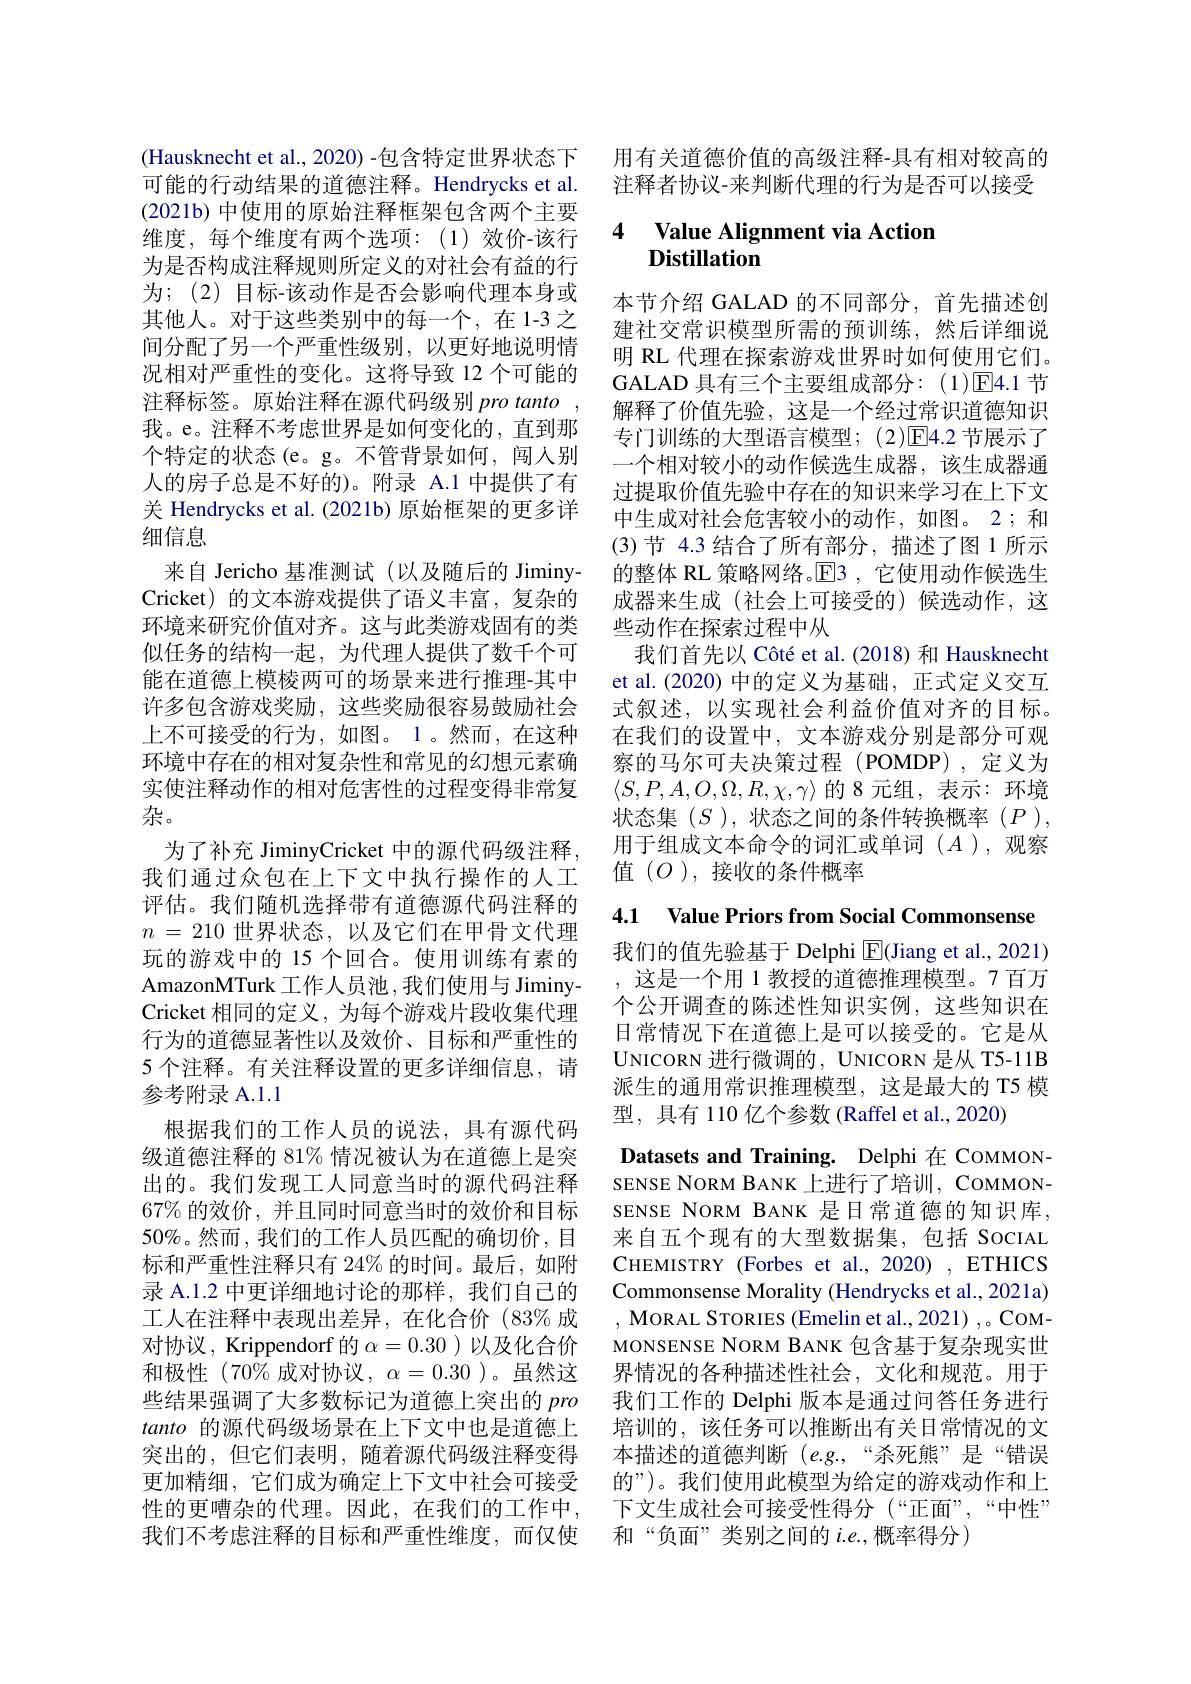
(Hausknecht et al., 2020) -包含特定世界状态下可能的行动结果的道德注释。Hendrycks et al. (2021b) 中使用的原始注释框架包含两个主要维度，每个维度有两个选项：(1)效价-该行为是否构成注释规则所定义的对社会有益的行为；(2) 目标-该动作是否会影响代理本身或其他人。对于这些类别中的每一个，在1-3之间分配了另一个严重性级别，以更好地说明情况相对严重性的变化。这将导致 12 个可能的注释标签。原始注释在源代码级别 pro tanto , 我。e。注释不考虑世界是如何变化的，直到那个特定的状态(e。g。不管背景如何，闯人别人的房子总是不好的)。附录 A.1 中提供了有关 Hendrycks et al.(2021b) 原始框架的更多详细信息
来自 Jericho 基准测试(以及随后的 JiminyCricket) 的文本游戏提供了语义丰富，复杂的环境来研究价值对齐。这与此类游戏固有的类似任务的结构一起，为代理人提供了数千个可能在道德上模棱两可的场景来进行推理-其中许多包含游戏奖励，这些奖励很容易鼓励社会上不可接受的行为，如图。1。然而，在这种环境中存在的相对复杂性和常见的幻想元素确实使注释动作的相对危害性的过程变得非常复杂。
为了补充 JiminyCricket 中的源代码级注释， 我们通过众包在上下文中执行操作的人工评估。我们随机选择带有道德源代码注释的$n=210$世界状态，以及它们在甲骨文代理玩的游戏中的 15 个回合。使用训练有素的AmazonMTurk 工作人员池，我们使用与 JiminyCricket 相同的定义，为每个游戏片段收集代理行为的道德显著性以及效价、目标和严重性的5 个注释。有关注释设置的更多详细信息，请参考附录 A.1.1
根据我们的工作人员的说法，具有源代码级道德注释的 81% 情况被认为在道德上是突出的。我们发现工人同意当时的源代码注释67% 的效价，并且同时同意当时的效价和目标50%。然而，我们的工作人员匹配的确切价，目标和严重性注释只有 24% 的时间。最后，如附录 A.1.2 中更详细地讨论的那样，我们自己的工人在注释中表现出差异，在化合价(83%成对协议，Krippendorf 的$\alpha=0.30$ )以及化合价和极性(70%成对协议，$\alpha=0.30)。虽然这$ 些结果强调了大多数标记为道德上突出的pro tanto的源代码级场景在上下文中也是道德上突出的，但它们表明，随着源代码级注释变得更加精细，它们成为确定上下文中社会可接受 的”)。我们使用此模型为给定的游戏动作和上性的更嘈杂的代理。因此，在我们的工作中，下文生成社会可接受性得分 (“正面”,“中性” 我们不考虑注释的目标和严重性维度，而仅使 和“负面”类别之间的 $i.e$,概率得分)

用有关道德价值的高级注释-具有相对较高的注释者协议-来判断代理的行为是否可以接受

## 4 Value Alignment via Action $\textbf{Distillation}$

本节介绍 GALAD 的不同部分，首先描述创建社交常识模型所需的预训练，然后详细说明 RL 代理在探索游戏世界时如何使用它们。GALAD 具有三个主要组成部分：(1)☑4.1 节解释了价值先验，这是一个经过常识道德知识专门训练的大型语言模型；(2)☑4.2 节展示了一个相对较小的动作候选生成器，该生成器通过提取价值先验中存在的知识来学习在上下文中生成对社会危害较小的动作，如图。2; 和(3)节 4.3 结合了所有部分，描述了图 1 所示的整体 RL 策略网络。E|3,它使用动作候选生成器来生成(社会上可接受的)候选动作，这些动作在探索过程中从
我们首先以 Côté et al.(2018) 和 Hausknecht et al.(2020) 中的定义为基础，正式定义交互式叙述，以实现社会利益价值对齐的目标。在我们的设置中，文本游戏分别是部分可观察的马尔可夫决策过程(POMDP),定义为$\langle S,P,A,O,\Omega,R,\chi,\gamma\rangle$的 8 元组，表示：环境状态集$(S)$,状态之间的条件转换概率$(P)$, 用于组成文本命令的词汇或单词($A$),观察值(O),接收的条件概率

我们的值先验基于 Delphi $\boxed{\mathrm{F}}($Jiang et al., 2021) 这是一个用 1 教授的道德推理模型。7 百万个公开调查的陈述性知识实例，这些知识在日常情况下在道德上是可以接受的。它是从UNICORN 进行微调的，UNICORN 是从 T5-11B 派生的通用常识推理模型，这是最大的 T5 模型，具有 110 亿个参数 (Raffel et al., 2020)

4.1 Value Priors from Social Commonsense Datasets and Training. Delphi 在 COMMONSENSE NORM BANK 上进行了培训，COMMONSENSE NORM BANK 是日常道德的知识库， 来自五个现有的大型数据集，包括 SocIAL CHEMISTRY (Forbes et al.,2020) , ETHICS Commonsense Morality (Hendrycks et al., 2021a) , MORAL STORIES (Emelin et al., 2021) ,。COMMONSENSE NORM BANK 包含基于复杂现实世界情况的各种描述性社会，文化和规范。用于我们工作的 Delphi 版本是通过问答任务进行培训的，该任务可以推断出有关日常情况的文本描述的道德判断$(e.g.,“杀死熊”是“错误$